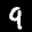
Label: 9